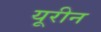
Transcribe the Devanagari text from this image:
यूरीन